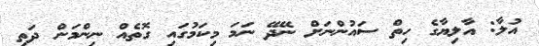
އުލާ: އާލިޔާގެ ހިތް ސައުންނަށް ނޭދޭ ނަމަ މިކަމުގައި ގޮތެއް ނިންމަން ދަތި